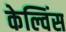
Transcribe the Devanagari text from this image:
केल्विंस